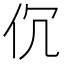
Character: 伔